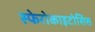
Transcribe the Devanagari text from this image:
स्फेरोकाइटोसिस